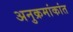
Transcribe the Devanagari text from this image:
अनुक्रमांकांत